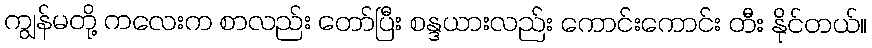
ကျွန်မတို့ ကလေးက စာလည်း တော်ပြီး စန္ဒယားလည်း ကောင်းကောင်း တီး နိုင်တယ်။